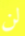
لن